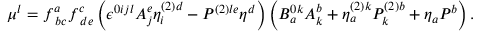
\mu ^ { l } = f _ { \; b c } ^ { a } f _ { \; d e } ^ { c } \left( \epsilon ^ { 0 i j l } A _ { j } ^ { e } \eta _ { i } ^ { \left( 2 \right) d } - { \cal P } ^ { \left( 2 \right) l e } \eta ^ { d } \right) \left( B _ { a } ^ { 0 k } A _ { k } ^ { b } + \eta _ { a } ^ { \left( 2 \right) k } { \cal P } _ { k } ^ { \left( 2 \right) b } + \eta _ { a } { \cal P } ^ { b } \right) .